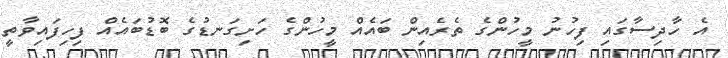
އެ ހާދިސާގައި ފިހުނު މީހުންގެ ތެރެއިން ބައެއް މީހުންގެ ހަށިގަނޑުގެ ބޮޑުބައެއް ފިހިފައިވާތީ